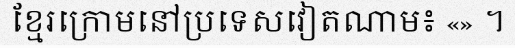
ខ្មែរក្រោមនៅប្រទេសវៀតណាម៖ «» ។